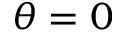
\theta = 0